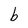
Character: b